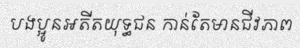
បងប្អូនអតីតយុទ្ធជន កាន់តែមានជីវភាព